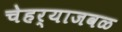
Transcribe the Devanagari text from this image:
चेहर्‍याजवळ